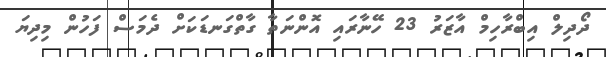
ދޯދިލް އިބްރާހިމް އާޒަރު 23 ހޭނާރައި އޮންނަތާ ގާތްގަނޑަކަށް ދެމަސް ފަހުން މިދިޔަ